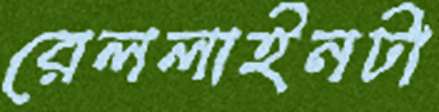
রেললাইনটা